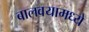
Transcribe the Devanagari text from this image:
बालवयामध्ये